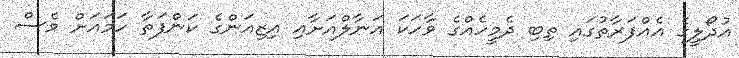
އުދޯލީގެ އެއްފަރާތުގައި ތިބި ދެމީހެއްގެ ވާހަކަ އަނާލްއަށާއި އިޒިއަންގެ ކަންފަތާ ހަމައަށް ވެސް